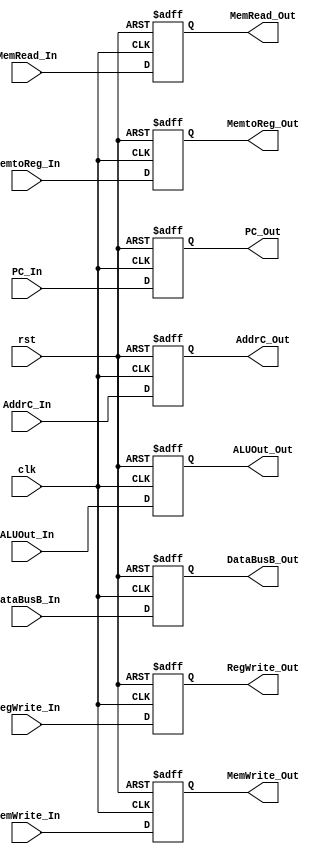
module EX2MEM(
    input clk, rst, 
    input RegWrite_In, MemWrite_In, MemRead_In, 
    input [31:0] PC_In, ALUOut_In, DataBusB_In, 
    input [4:0] AddrC_In, 
    input [1:0] MemtoReg_In, 
    output reg RegWrite_Out, MemWrite_Out, MemRead_Out, 
    output reg [31:0] PC_Out, ALUOut_Out, DataBusB_Out, 
    output reg [4:0] AddrC_Out, 
    output reg [1:0] MemtoReg_Out
);
    always @(posedge clk or posedge rst) begin
        if (rst) begin
            RegWrite_Out <= 0;
            MemWrite_Out <= 0;
            MemRead_Out <= 0;
            PC_Out <= 0;
            ALUOut_Out <= 0;
            AddrC_Out <= 0;
            MemtoReg_Out <= 0;
            DataBusB_Out <= 0;
        end else begin
            RegWrite_Out <= RegWrite_In;
            MemWrite_Out <= MemWrite_In;
            MemRead_Out <= MemRead_In;
            PC_Out <= PC_In;
            ALUOut_Out <= ALUOut_In;
            AddrC_Out <= AddrC_In;
            MemtoReg_Out <= MemtoReg_In;
            DataBusB_Out <= DataBusB_In;
        end
    end
endmodule